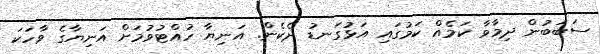
ސަބަބުން ދިމާވާ ކަމެއް ކަމުގައި އަޅުގަނޑު ދެކެން. އަނިޔާ ހުއްޓުވުމަށް އަނިޔާގެ ވާހަކަ